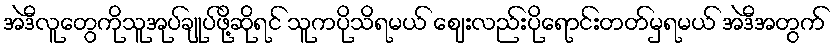
အဲဒီလူတွေကိုသူအုပ်ချုပ်ဖို့ဆိုရင် သူကပိုသိရမယ် ဈေးလည်းပိုရောင်းတတ်မှရမယ် အဲဒီအတွက်